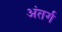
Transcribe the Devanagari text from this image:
अंतर्ग